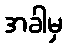
အခါမှ